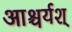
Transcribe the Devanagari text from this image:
आश्चर्यश्